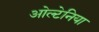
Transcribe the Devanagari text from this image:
ओल्टेनिया